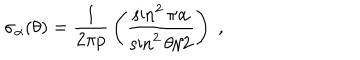
\sigma _ { \alpha } ( \theta ) = { \frac { 1 } { 2 \pi p } } \left( { \frac { \sin ^ { 2 } { \pi \alpha } } { \sin ^ { 2 } { \theta / 2 } } } \right) \; ,